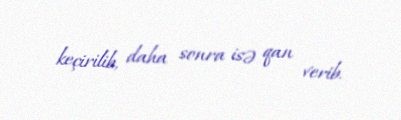
keçirilib, daha sonra isə qan verib.